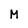
Character: M